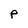
Character: P